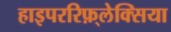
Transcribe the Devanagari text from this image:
हाइपररिफ़्लेक्सिया